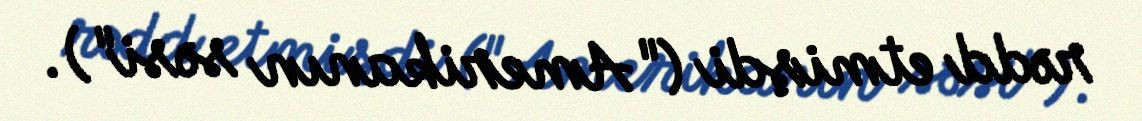
rədd etmişdi ("Amerikanın səsi").